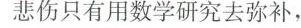
悲伤只有用数学研究去弥补，